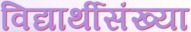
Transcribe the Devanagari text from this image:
विद्यार्थीसंख्या